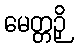
မေတ္တဉှိ